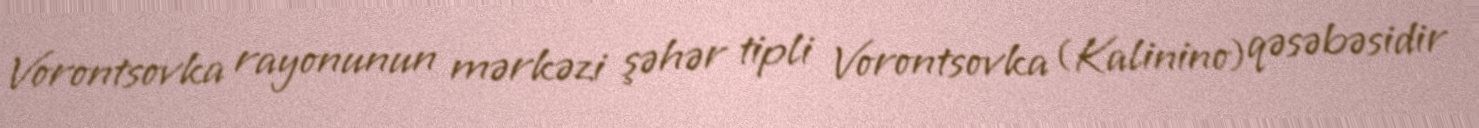
Vorontsovka rayonunun mərkəzi şəhər tipli Vorontsovka (Kalinino) qəsəbəsidir